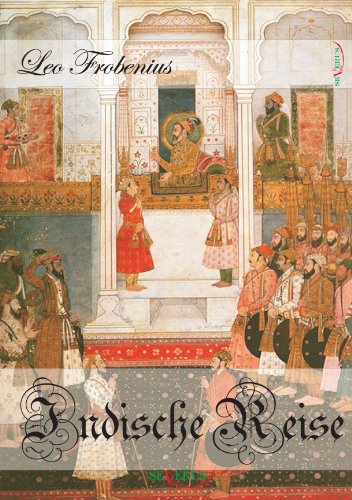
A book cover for Indische Reise - Ein philosophisches Reisetagebuch aus SÃ¼dindien und Ceylon (German Edition); Leo Frobenius; Travel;